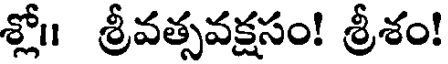
శ్లో॥ శ్రీవత్సవక్షసం! శ్రీశం!